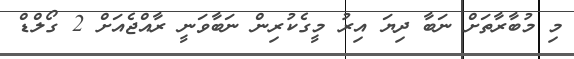
މި މުބާރާތަށް ނަބާ ދިޔަ އިރު މީގެކުރިން ނަބާވަނީ ރާއްޖެއަށް 2 ގޯލްޑް